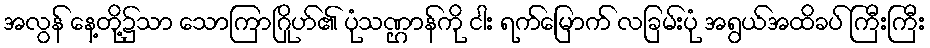
အလွန် နေ့တို့၌သာ သောကြာဂြိုဟ်၏ ပုံသဏ္ဌာန်ကို ငါး ရက်မြောက် လခြမ်းပုံ အရွယ်အထိခပ် ကြီးကြီး